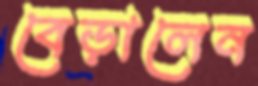
বেড়ালেন